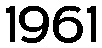
1961